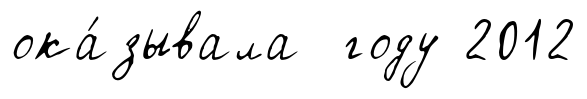
ока́зывала году 2012